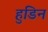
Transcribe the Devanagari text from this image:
हुडिन